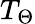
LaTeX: T_{\Theta}